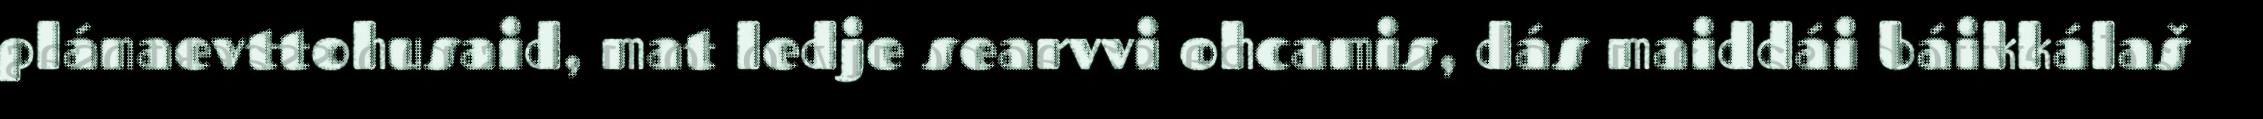
plánaevttohusaid, mat ledje searvvi ohcamis, dás maiddái báikkálaš